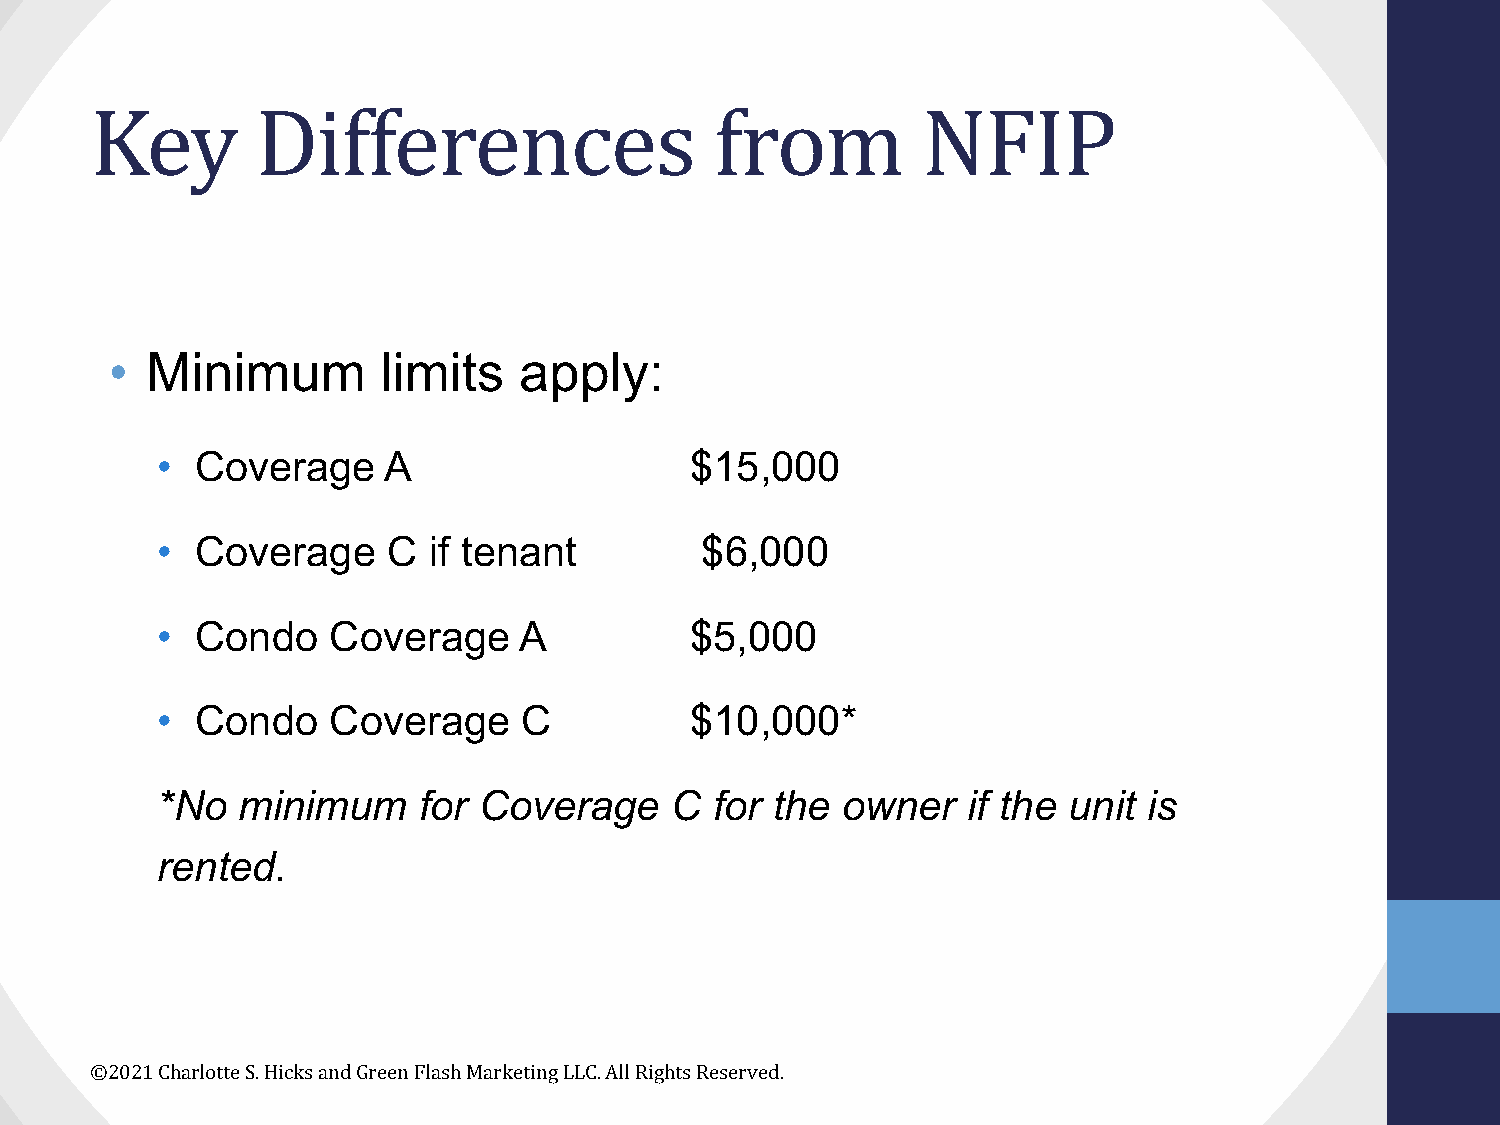
Key        Differences                   from          NFIP
 •  Minimum        limits   apply:
 •  Coverage    A                    $15,000
 •  Coverage     C if tenant         $6,000
 •  Condo    Coverage    A           $5,000
 •  Condo    Coverage     C          $10,000*
 *No   minimum     for Coverage    C  for the  owner   if the unit is
 rented.
 ©2021 Charlotte S. Hicks and Green Flash Marketing LLC. All Rights Reserved.